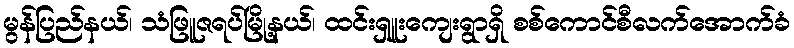
မွန်ပြည်နယ်၊ သံဖြူဇရပ်မြို့နယ်၊ ထင်းရှူးကျေးရွာရှိ စစ်ကောင်စီလက်အောက်ခံ